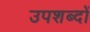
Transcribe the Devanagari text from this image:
उपशब्दों